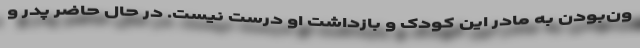
ون‌بودن به مادر این کودک و بازداشت او درست نیست. در حال حاضر پدر و